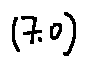
( 7 . 0 )